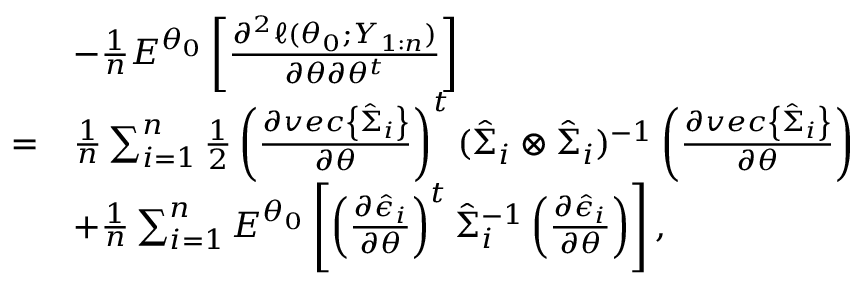
\begin{array} { r l } & { - \frac { 1 } { n } E ^ { \theta _ { 0 } } \left[ \frac { \partial ^ { 2 } \ell ( \theta _ { 0 } ; Y _ { 1 : n } ) } { \partial \theta \partial \theta ^ { t } } \right] } \\ { = } & { \frac { 1 } { n } \sum _ { i = 1 } ^ { n } \frac { 1 } { 2 } \left( \frac { \partial v e c \left\{ \hat { \Sigma } _ { i } \right\} } { \partial \theta } \right) ^ { t } ( \hat { \Sigma } _ { i } \otimes \hat { \Sigma } _ { i } ) ^ { - 1 } \left( \frac { \partial v e c \left\{ \hat { \Sigma } _ { i } \right\} } { \partial \theta } \right) } \\ & { + \frac { 1 } { n } \sum _ { i = 1 } ^ { n } E ^ { \theta _ { 0 } } \left[ \left( \frac { \partial \hat { \epsilon } _ { i } } { \partial \theta } \right) ^ { t } \hat { \Sigma } _ { i } ^ { - 1 } \left( \frac { \partial \hat { \epsilon } _ { i } } { \partial \theta } \right) \right] , } \end{array}